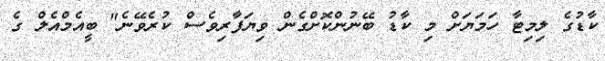
ކާޑުގެ ލިމިޓާ ހަމަޔަށް މި ކާޑު ބޭނުންކޮށްގެން ވިޔަފާރިވެސް ކުރެވޭނެ" ބީއެމްއެލް ގެ